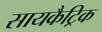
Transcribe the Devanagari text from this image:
सायकैट्रिक